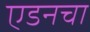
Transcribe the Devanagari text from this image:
एडनचा